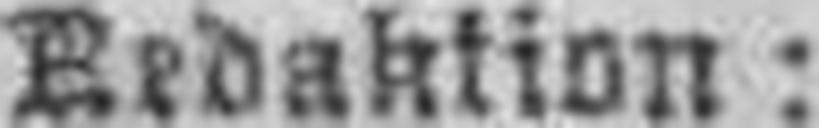
Redaktion: